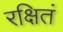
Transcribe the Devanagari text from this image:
रक्षितं